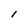
Character: l